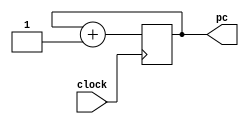
// pc_counter.v

module pc_counter(
	input wire clock,
		
	output reg [31:0] pc);
		
	initial begin
		pc = -1;
	end
	
	always @(posedge clock) begin
		pc = pc + 1;		
	end
endmodule